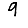
Digit: 9